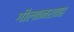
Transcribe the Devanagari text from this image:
गीलानशाह